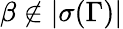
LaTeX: \beta\notin|\sigma(\Gamma)|